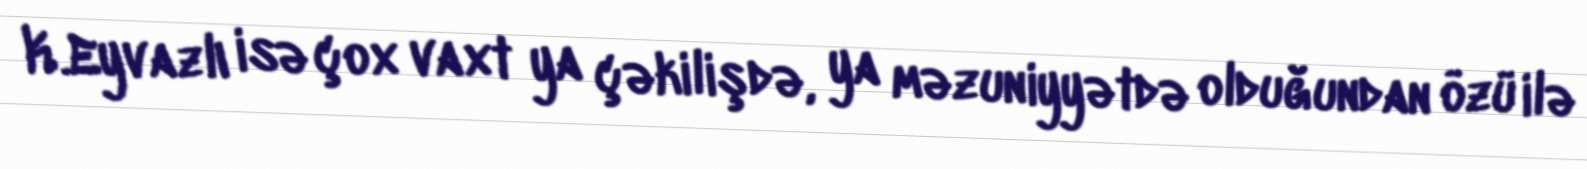
K.Eyvazlı isə çox vaxt ya çəkilişdə, ya məzuniyyətdə olduğundan özü ilə